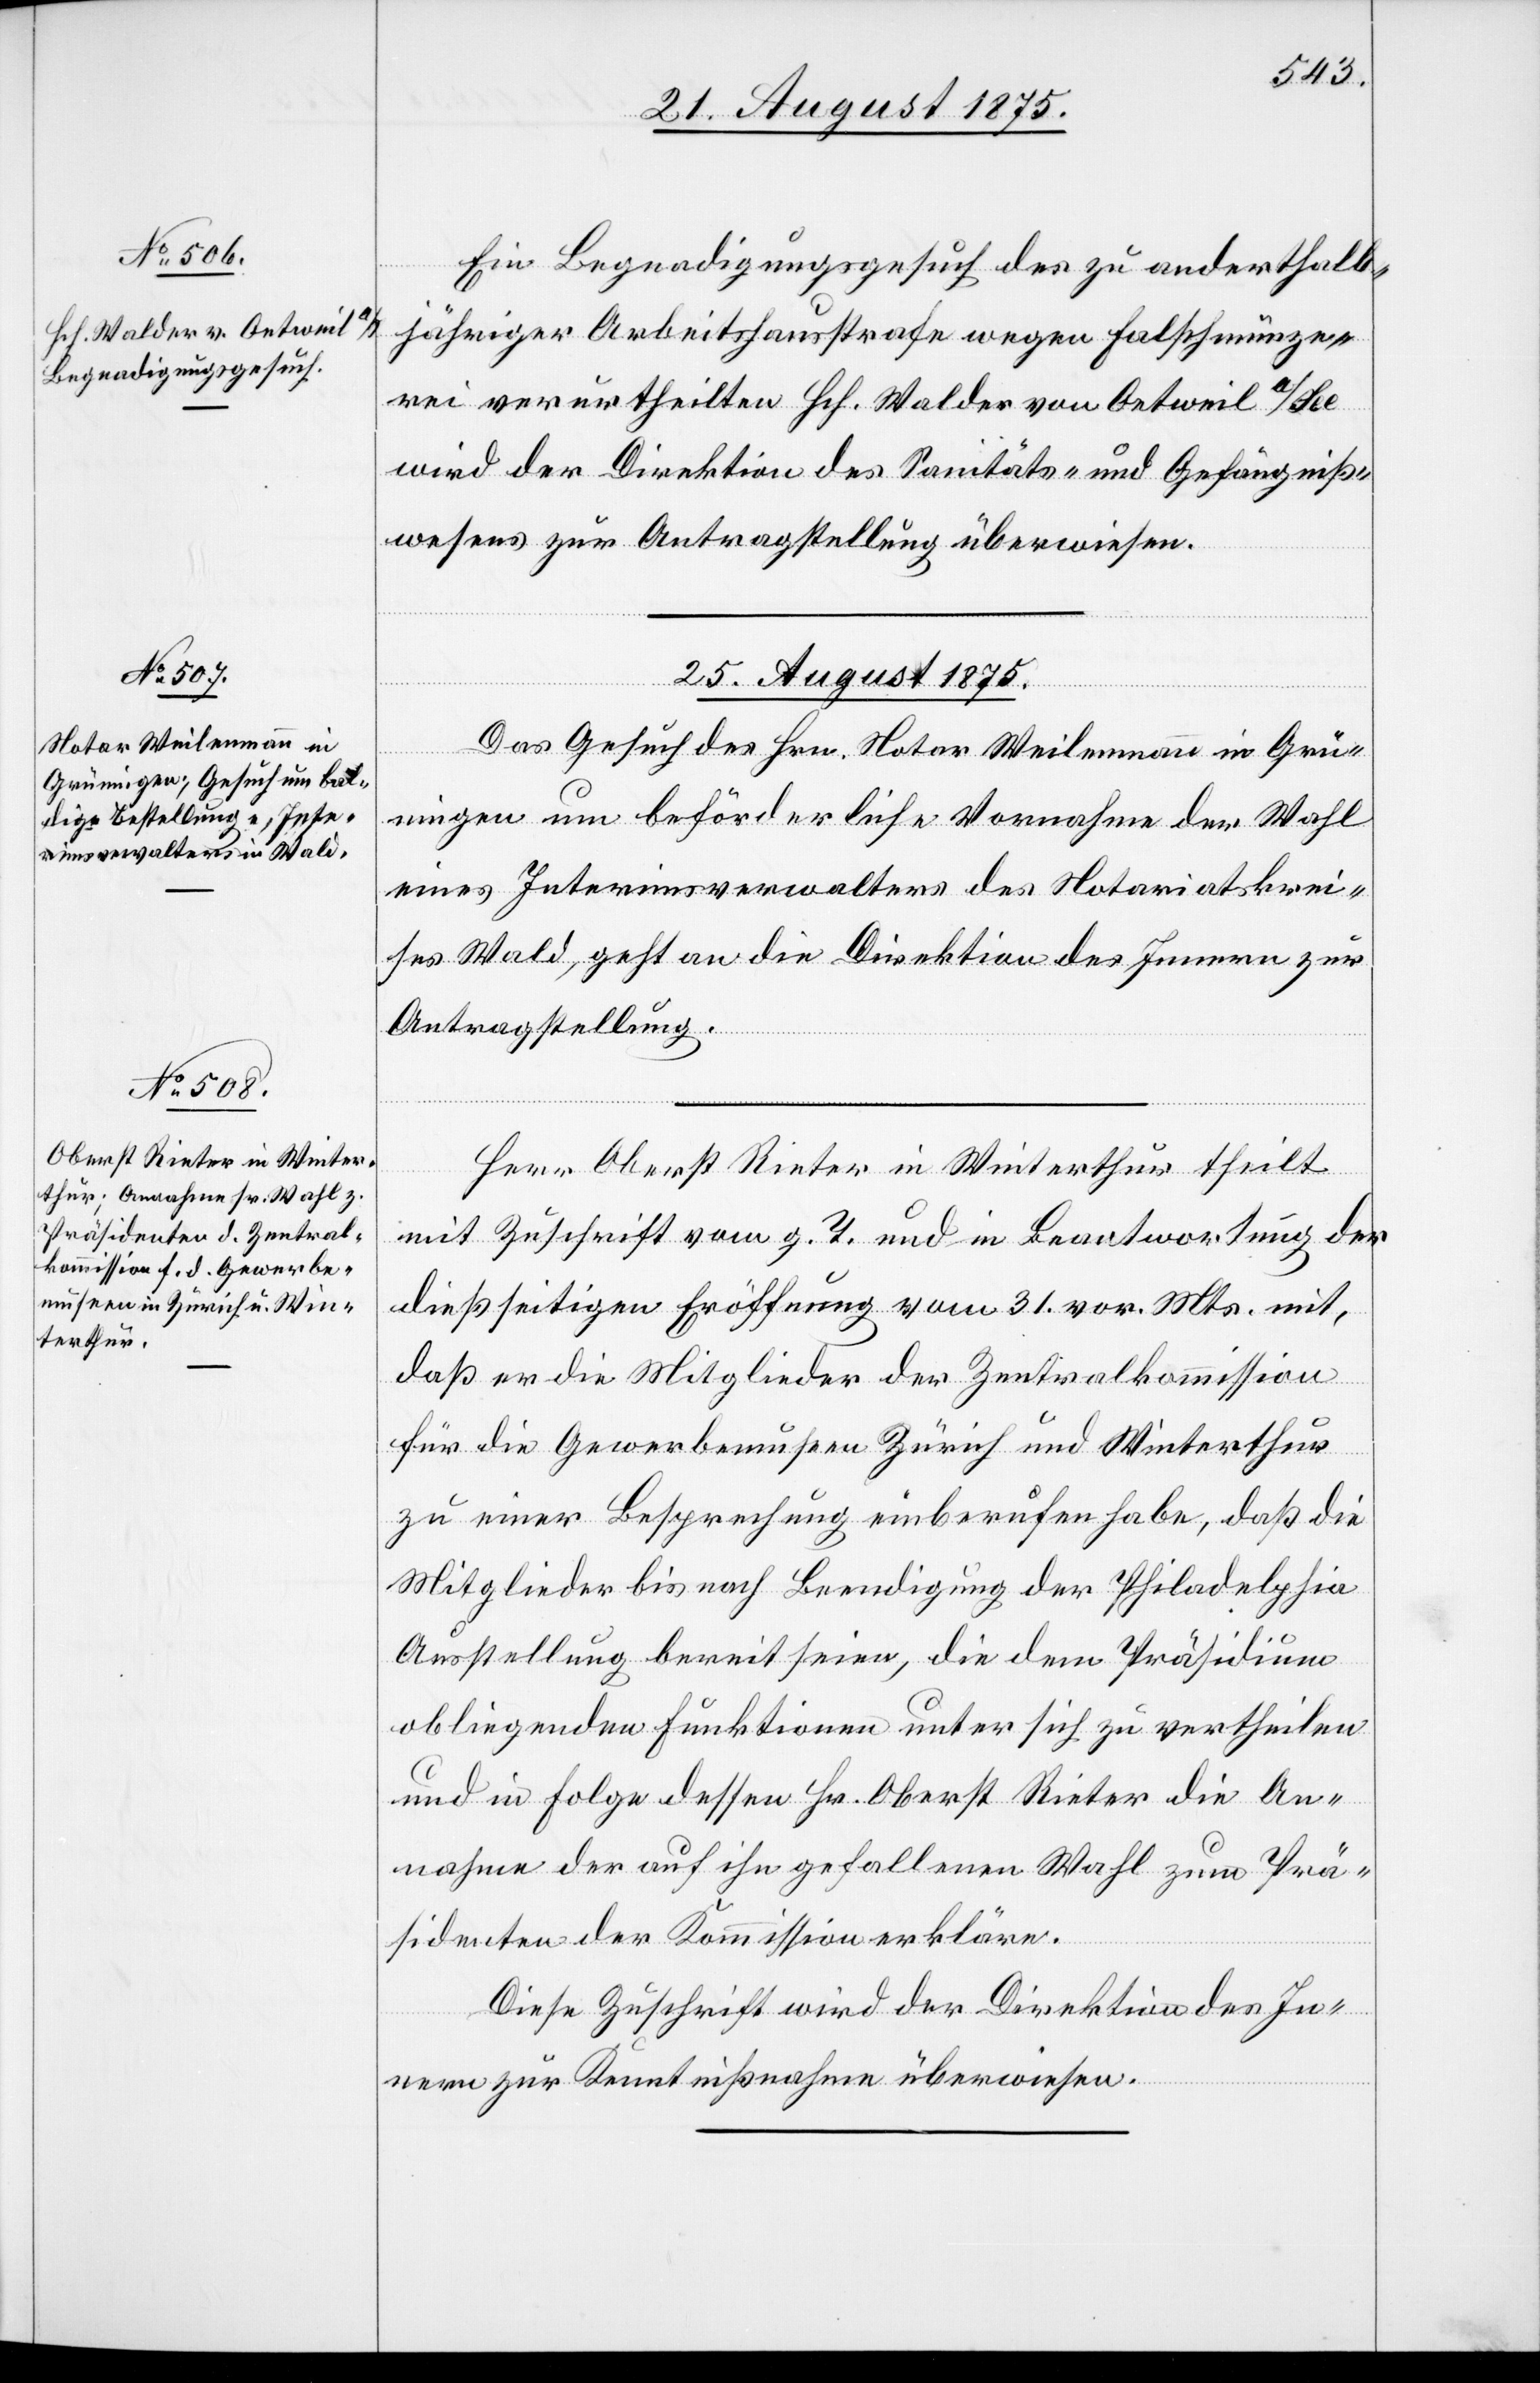
25. August 1875.]
Ein Begnadigungsgesuch des zu anderthalb¬
jähriger Arbeitshausstrafe wegen Falschmünze¬
rei verurtheilten Hch. Walder von Oetweil a/See
wird der Direktion des Sanitäts- und Gefängniß¬
wesens zur Antragstellung überwiesen.
25. August 1875.
Das Gesuch des Hrn. Notar Weilenmann in Grü¬
ningen um beförderliche Vornahme der Wahl
eines Interimsverwalters des Notariatskrei¬
ses Wald, geht an die Direktion des Innern zur
Antragstellung.
Herr Oberst Rieter in Winterthur theilt
mit Zuschrift vom g. T. und in Beantwortung der
dießseitigen Eröffnung vom 31. vor. Mts. mit,
daß er die Mitglieder der Zentralkommission
für die Gewerbemuseen Zürich und Winterthur
zu einer Besprechung einberufen habe, daß die
Mitglieder bis nach Beendigung der Philadelphia
Ausstellung bereit seien, die dem Präsidium
obliegenden Funktionen unter sich zu vertheilen
und in Folge dessen Hr. Oberst Rieter die An¬
nahme der auf ihn gefallenen Wahl zum Prä¬
sidenten der Kommission erkläre.
Diese Zuschrift wird der Direktion des In¬
nern zur Kenntnißnahme überwiesen.